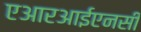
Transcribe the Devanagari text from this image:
एआरआईएनसी